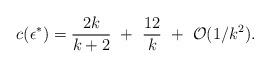
LaTeX: \begin{align*}c(\epsilon^{*})={2k\over k+2}~+~{12\over k}~+~{\cal O}(1/k^2).\end{align*}